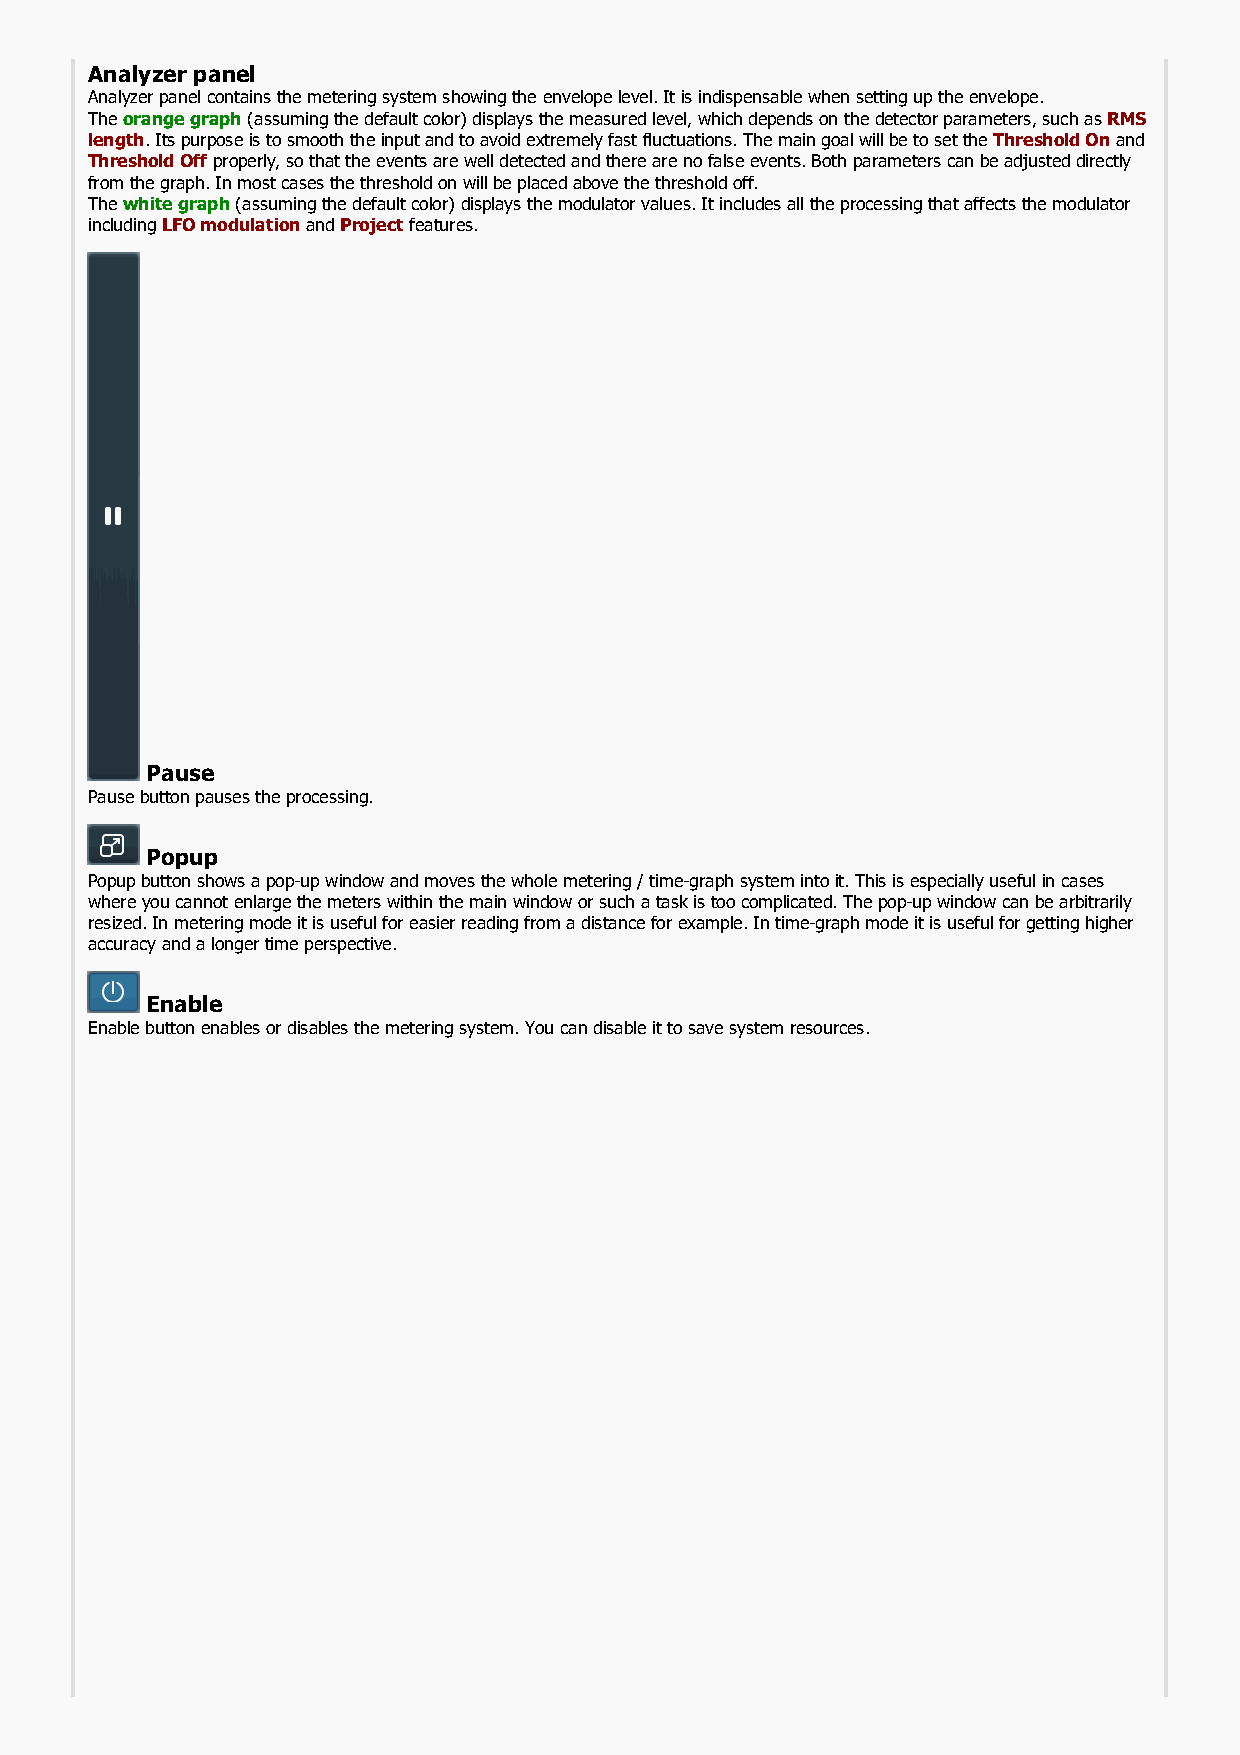
Analyzer panel
 Analyzer panel contains the metering system showing the envelope level. It is indispensable when setting up the envelope.
 The orange graph (assuming the default color) displays the measured level, which depends on the detector parameters, such as RMS
 length. Its purpose is to smooth the input and to avoid extremely fast fluctuations. The main goal will be to set the Threshold On and
 Threshold Off properly, so that the events are well detected and there are no false events. Both parameters can be adjusted directly
 from the graph. In most cases the threshold on will be placed above the threshold off.
 The white graph (assuming the default color) displays the modulator values. It includes all the processing that affects the modulator
 including LFO modulation and Project features.
 Pause
 Pause button pauses the processing.
 Popup
 Popup button shows a pop-up window and moves the whole metering / time-graph system into it. This is especially useful in cases
 where you cannot enlarge the meters within the main window or such a task is too complicated. The pop-up window can be arbitrarily
 resized. In metering mode it is useful for easier reading from a distance for example. In time-graph mode it is useful for getting higher
 accuracy and a longer time perspective.
 Enable
 Enable button enables or disables the metering system. You can disable it to save system resources.